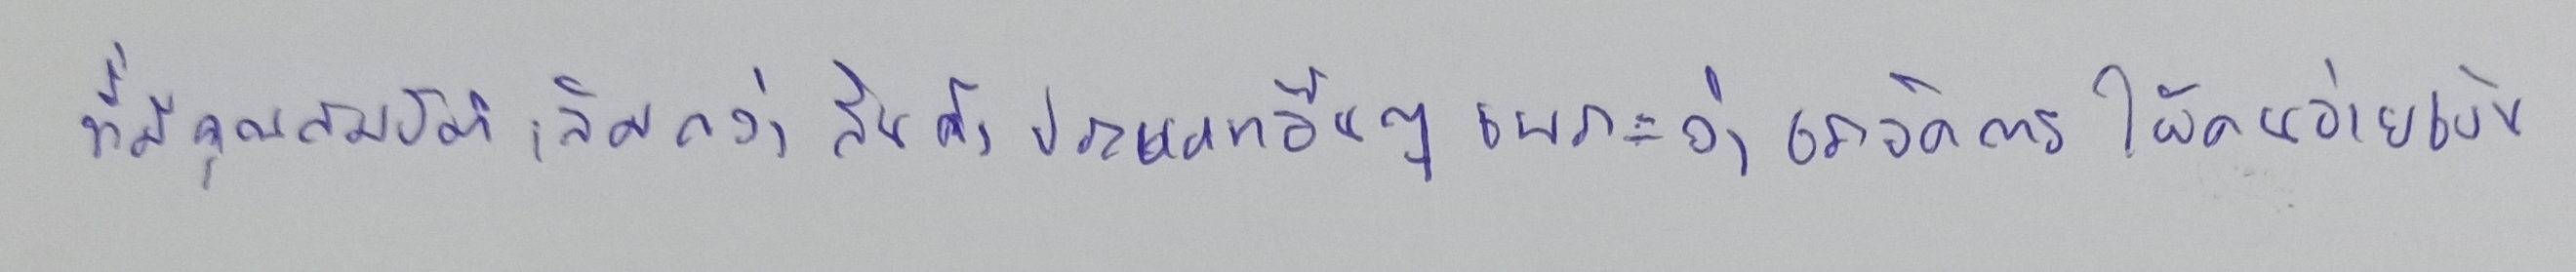
ที่มีคุณสมบัติล้ำเลิศกว่าสินค้าประเภทอื่นๆเพราะว่าเราจัดการให้คนจ่ายเงิน